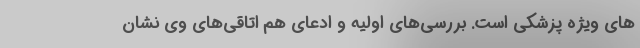
های ویژه پزشکی است. بررسی‌های اولیه و ادعای هم اتاقی‌های وی نشان